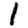
Digit: 1